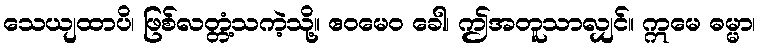
သေယျထာပိ၊ ဖြစ်လတ္တံ့သကဲ့သို့။ ဧဝမေဝ ခေါ၊ ဤအတူသာလျှင်။ ဣမေ ဓမ္မာ၊